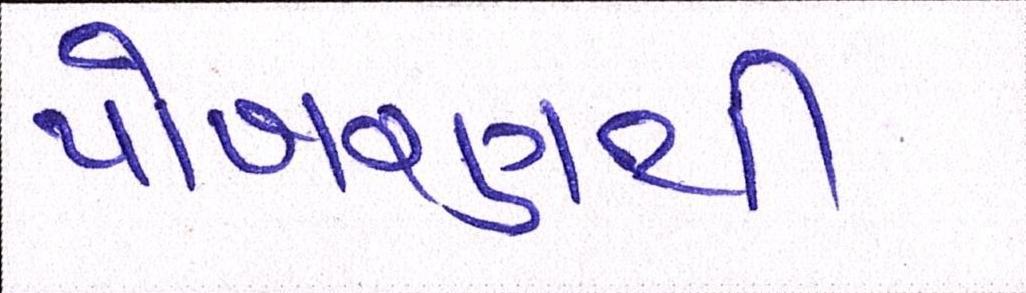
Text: પોખરણથી